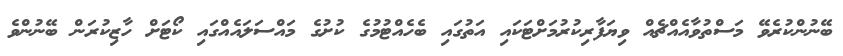
ބޭނުންކުރެވޭ މަސްތުވާއެއްޗެއް ވިޔަފާރިކުރުމަށްޓަކައި އަތުގައި ބެހެއްޓުމުގެ ކުށުގެ މައްސަލައެއްގައި ކޯޓަށް ހާޒިކުރަން ބޭނުންވެ